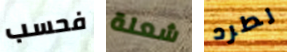
فحسب شعلة لطرد